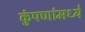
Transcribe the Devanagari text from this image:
कुंपणांमध्ये